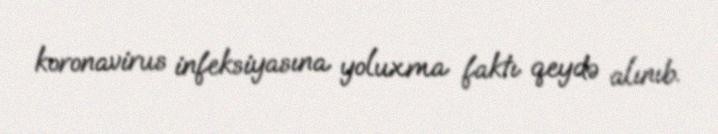
koronavirus infeksiyasına yoluxma faktı qeydə alınıb.